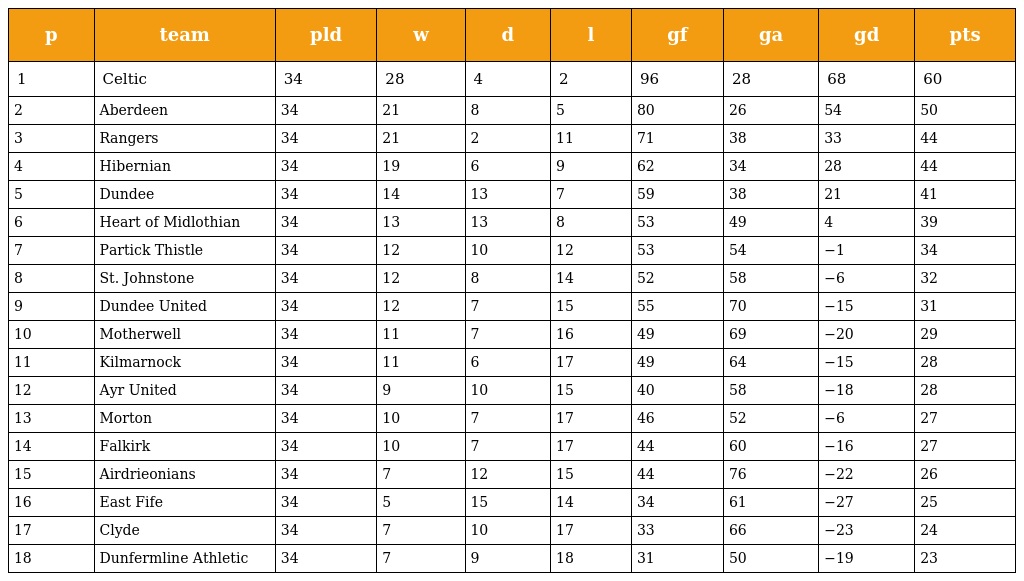
| p | team | pld | w | d | l | gf | ga | gd | pts |
 | --- | --- | --- | --- | --- | --- | --- | --- | --- | --- |
 | 1 | Celtic | 34 | 28 | 4 | 2 | 96 | 28 | 68 | 60 |
 | 2 | Aberdeen | 34 | 21 | 8 | 5 | 80 | 26 | 54 | 50 |
 | 3 | Rangers | 34 | 21 | 2 | 11 | 71 | 38 | 33 | 44 |
 | 4 | Hibernian | 34 | 19 | 6 | 9 | 62 | 34 | 28 | 44 |
 | 5 | Dundee | 34 | 14 | 13 | 7 | 59 | 38 | 21 | 41 |
 | 6 | Heart of Midlothian | 34 | 13 | 13 | 8 | 53 | 49 | 4 | 39 |
 | 7 | Partick Thistle | 34 | 12 | 10 | 12 | 53 | 54 | −1 | 34 |
 | 8 | St. Johnstone | 34 | 12 | 8 | 14 | 52 | 58 | −6 | 32 |
 | 9 | Dundee United | 34 | 12 | 7 | 15 | 55 | 70 | −15 | 31 |
 | 10 | Motherwell | 34 | 11 | 7 | 16 | 49 | 69 | −20 | 29 |
 | 11 | Kilmarnock | 34 | 11 | 6 | 17 | 49 | 64 | −15 | 28 |
 | 12 | Ayr United | 34 | 9 | 10 | 15 | 40 | 58 | −18 | 28 |
 | 13 | Morton | 34 | 10 | 7 | 17 | 46 | 52 | −6 | 27 |
 | 14 | Falkirk | 34 | 10 | 7 | 17 | 44 | 60 | −16 | 27 |
 | 15 | Airdrieonians | 34 | 7 | 12 | 15 | 44 | 76 | −22 | 26 |
 | 16 | East Fife | 34 | 5 | 15 | 14 | 34 | 61 | −27 | 25 |
 | 17 | Clyde | 34 | 7 | 10 | 17 | 33 | 66 | −23 | 24 |
 | 18 | Dunfermline Athletic | 34 | 7 | 9 | 18 | 31 | 50 | −19 | 23 |